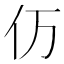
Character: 𮯵